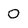
Character: O